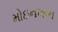
મોઇનખાન